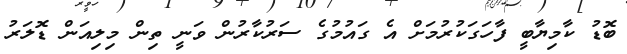
ބޮޑު ކާމިޔާބީ ފާހަގަކުރުމަށް އެ ގައުމުގެ ސަރުކާރުން ވަނީ ތިން މިލިއަން ޑޮލަރު